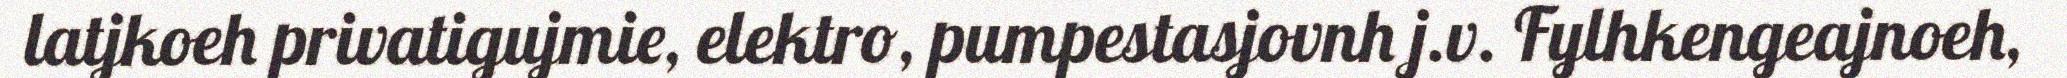
latjkoeh privatigujmie, elektro, pumpestasjovnh j.v. Fylhkengeajnoeh,